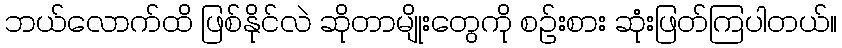
ဘယ်လောက်ထိ ဖြစ်နိုင်လဲ ဆိုတာမျိုးတွေကို စဉ်းစား ဆုံးဖြတ်ကြပါတယ်။